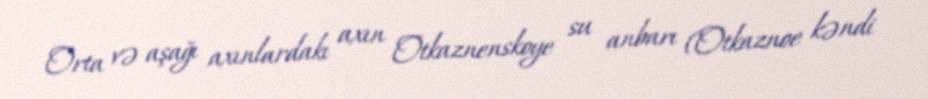
Orta və aşağı axınlardakı axın Otkaznenskoye su anbarı (Otkaznoe kəndi